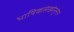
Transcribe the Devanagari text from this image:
भाषिकसंख्येनुसार